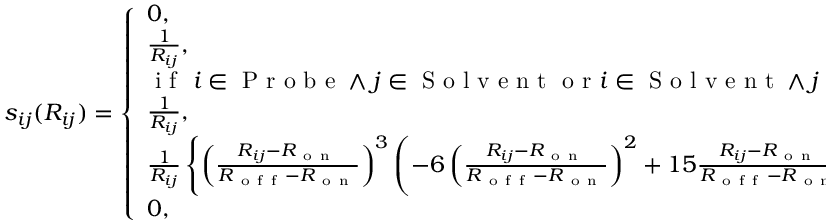
s _ { i j } ( R _ { i j } ) = \left\{ \begin{array} { l l } { 0 , } & { \mathrm { ~ i ~ f ~ } i j \in \mathrm { ~ S ~ o ~ l ~ v ~ e ~ n ~ t ~ } } \\ { \frac { 1 } { R _ { i j } } , } & { \mathrm { ~ i ~ f ~ } i j \in \mathrm { ~ P ~ r ~ o ~ b ~ e ~ } } \\ { \mathrm { ~ i ~ f ~ } ~ i \in \mathrm { ~ P ~ r ~ o ~ b ~ e ~ } \wedge j \in \mathrm { ~ S ~ o ~ l ~ v ~ e ~ n ~ t ~ } \mathrm { ~ o ~ r ~ } i \in \mathrm { ~ S ~ o ~ l ~ v ~ e ~ n ~ t ~ } \wedge j \in \mathrm { ~ P ~ r ~ o ~ b ~ e ~ } \mathrm { ~ : ~ } } & { } \\ { \frac { 1 } { R _ { i j } } , } & { \mathrm { ~ i ~ f ~ } R _ { i j } \leq R _ { \mathrm { ~ o ~ n ~ } } } \\ { \frac { 1 } { R _ { i j } } \left\{ \left( \frac { R _ { i j } - R _ { \mathrm { ~ o ~ n ~ } } } { R _ { \mathrm { ~ o ~ f ~ f ~ } } - R _ { \mathrm { ~ o ~ n ~ } } } \right) ^ { 3 } \left( - 6 \left( \frac { R _ { i j } - R _ { \mathrm { ~ o ~ n ~ } } } { R _ { \mathrm { ~ o ~ f ~ f ~ } } - R _ { \mathrm { ~ o ~ n ~ } } } \right) ^ { 2 } + 1 5 \frac { R _ { i j } - R _ { \mathrm { ~ o ~ n ~ } } } { R _ { \mathrm { ~ o ~ f ~ f ~ } } - R _ { \mathrm { ~ o ~ n ~ } } } - 1 0 \right) + 1 \right\} , } & { \mathrm { ~ i ~ f ~ } R _ { \mathrm { ~ o ~ n ~ } } < R _ { i j } < R _ { \mathrm { ~ o ~ f ~ f ~ } } } \\ { 0 , \ } & { \mathrm { ~ i ~ f ~ } R _ { i j } \geq R _ { \mathrm { ~ o ~ f ~ f ~ } } } \end{array} \right.